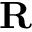
\mathbf { R }